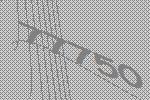
77750